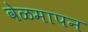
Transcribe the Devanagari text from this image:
वेळमापन